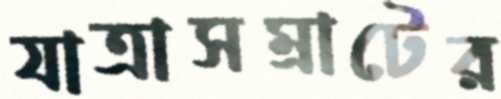
যাত্রাসম্রাটের